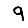
Digit: 9